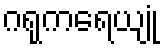
ဂရုကရေယျုံ